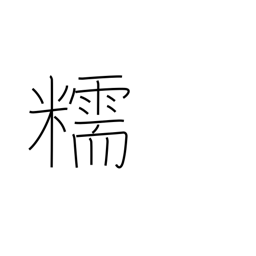
Meaning: glutinous rice